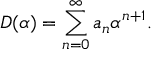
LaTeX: D ( \alpha ) = \sum _ { n = 0 } ^ { \infty } a _ { n } \alpha ^ { n + 1 } .